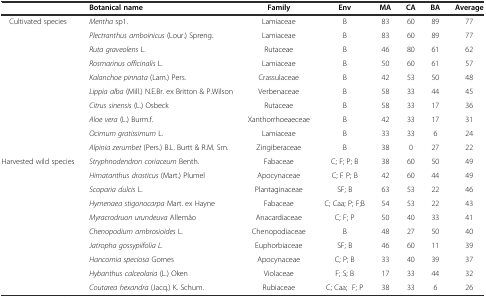
|  | Botanical name | Family | Env | MA | CA | BA | Average |
 | --- | --- | --- | --- | --- | --- | --- | --- |
 | <ROWSPAN=10> Cultivated species | Mentha sp1. | Lamiaceae | B | 83 | 60 | 89 | 77 |
 | Plectranthus amboinicus (Lour.) Spreng. | Lamiaceae | B | 83 | 60 | 89 | 77 |
 | Ruta graveolens L. | Rutaceae | B | 46 | 80 | 61 | 62 |
 | Rosmarinus officinalis L. | Lamiaceae | B | 50 | 60 | 61 | 57 |
 | Kalanchoe pinnata (Lam.) Pers. | Crassulaceae | B | 42 | 53 | 50 | 48 |
 | Lippia alba (Mill.) N.E.Br. ex Britton & P.Wilson | Verbenaceae | B | 58 | 33 | 44 | 45 |
 | Citrus sinensis (L.) Osbeck | Rutaceae | B | 58 | 33 | 17 | 36 |
 | Aloe vera (L.) Burm.f. | Xanthorrhoeaeceae | B | 42 | 33 | 17 | 31 |
 | Ocimum gratissimum L. | Lamiaceae | B | 33 | 33 | 6 | 24 |
 | Alpinia zerumbet (Pers.) B.L. Burtt & R.M. Sm. | Zingiberaceae | B | 38 | 0 | 27 | 22 |
 | <ROWSPAN=9> Harvested wild species | Stryphnodendron coriaceum Benth. | Fabaceae | C; F; P; B | 38 | 60 | 50 | 49 |
 | Himatanthus drasticus (Mart.) Plumel | Apocynaceae | C; F P; B | 42 | 60 | 44 | 49 |
 | Scoparia dulcis L. | Plantaginaceae | SF; B | 63 | 53 | 22 | 46 |
 | Hymenaea stigonocarpa Mart. ex Hayne | Fabaceae | C; Caa; P; F;B | 54 | 53 | 22 | 43 |
 | Myracrodruon urundeuva Allemão | Anacardiaceae | C; F; P | 50 | 40 | 33 | 41 |
 | Chenopodium ambrosioides L. | Chenopodiaceae | B | 48 | 27 | 50 | 40 |
 | Jatropha gossypiifolia L. | Euphorbiaceae | SF; B | 46 | 60 | 11 | 39 |
 | Hancornia speciosa Gomes | Apocynaceae | C; P; B | 33 | 40 | 39 | 37 |
 | Hybanthus calceolaria (L.) Oken | Violaceae | F; S; B | 17 | 33 | 44 | 32 |
 |  | Coutarea hexandra (Jacq.) K. Schum. | Rubiaceae | C; Caa; F; P | 38 | 33 | 6 | 26 |